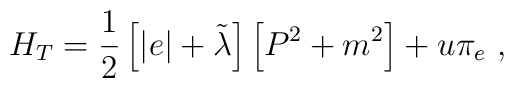
H_T=\frac{1}{2}\left[|e|+\tilde{\lambda}\right]\left[P^2+m^2\right]+u\pi_e\ ,